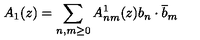
A _ { 1 } ( z ) = \sum _ { n , m \geq 0 } A _ { n m } ^ { 1 } ( z ) b _ { n } \cdot \overline { b } _ { m }